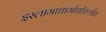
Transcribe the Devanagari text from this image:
इस्लामाधार्माधीश्ठीत